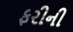
ફરીની